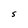
Character: 5